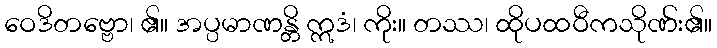
ဝေဒိတဗ္ဗော၊ ၏။ အပ္ပမာဏန္တိ ဣဒံ၊ ကိုး။ တဿ၊ ထိုပထဝီကသိုဏ်း၏။